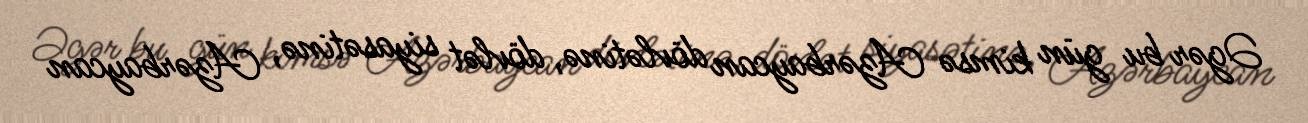
Əgər bu gün kimsə Azərbaycan dövlətinə, dövlət siyasətinə, Azərbaycan